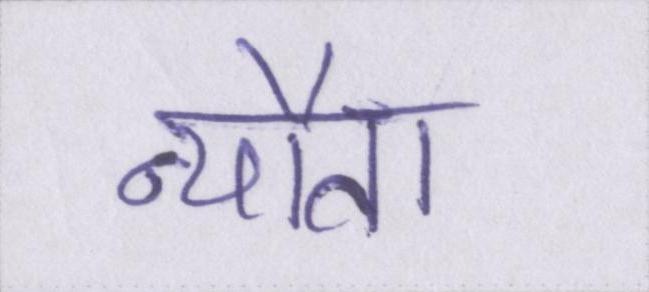
न्यौता